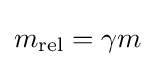
m_{\text{rel}}=\gamma m